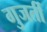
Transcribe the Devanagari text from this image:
गुजर्ती